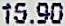
15.90